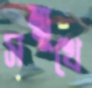
সম্মুখে